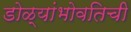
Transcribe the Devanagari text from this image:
डोळ्यांभोवतिची